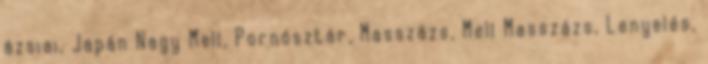
ázsiai, Japán Nagy Mell, Pornósztár, Masszázs, Mell Masszázs, Lenyelés,